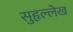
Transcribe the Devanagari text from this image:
सुहृल्लेख